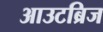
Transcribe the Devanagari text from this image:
आउटब्रिज